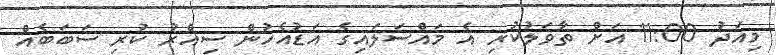
މިއަދު 11:00 އަށް ތާވަލުކުރި އެ މައްސަލައިގެ އަޑުއެހުން ސިއްރު ކުރި ސަބަބެއް